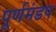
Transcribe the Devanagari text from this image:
पूर्णमंडप